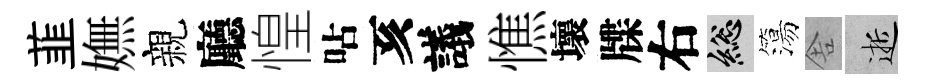
韮嫵親廳惶呫亥議憔壞牒右總簜舎逝